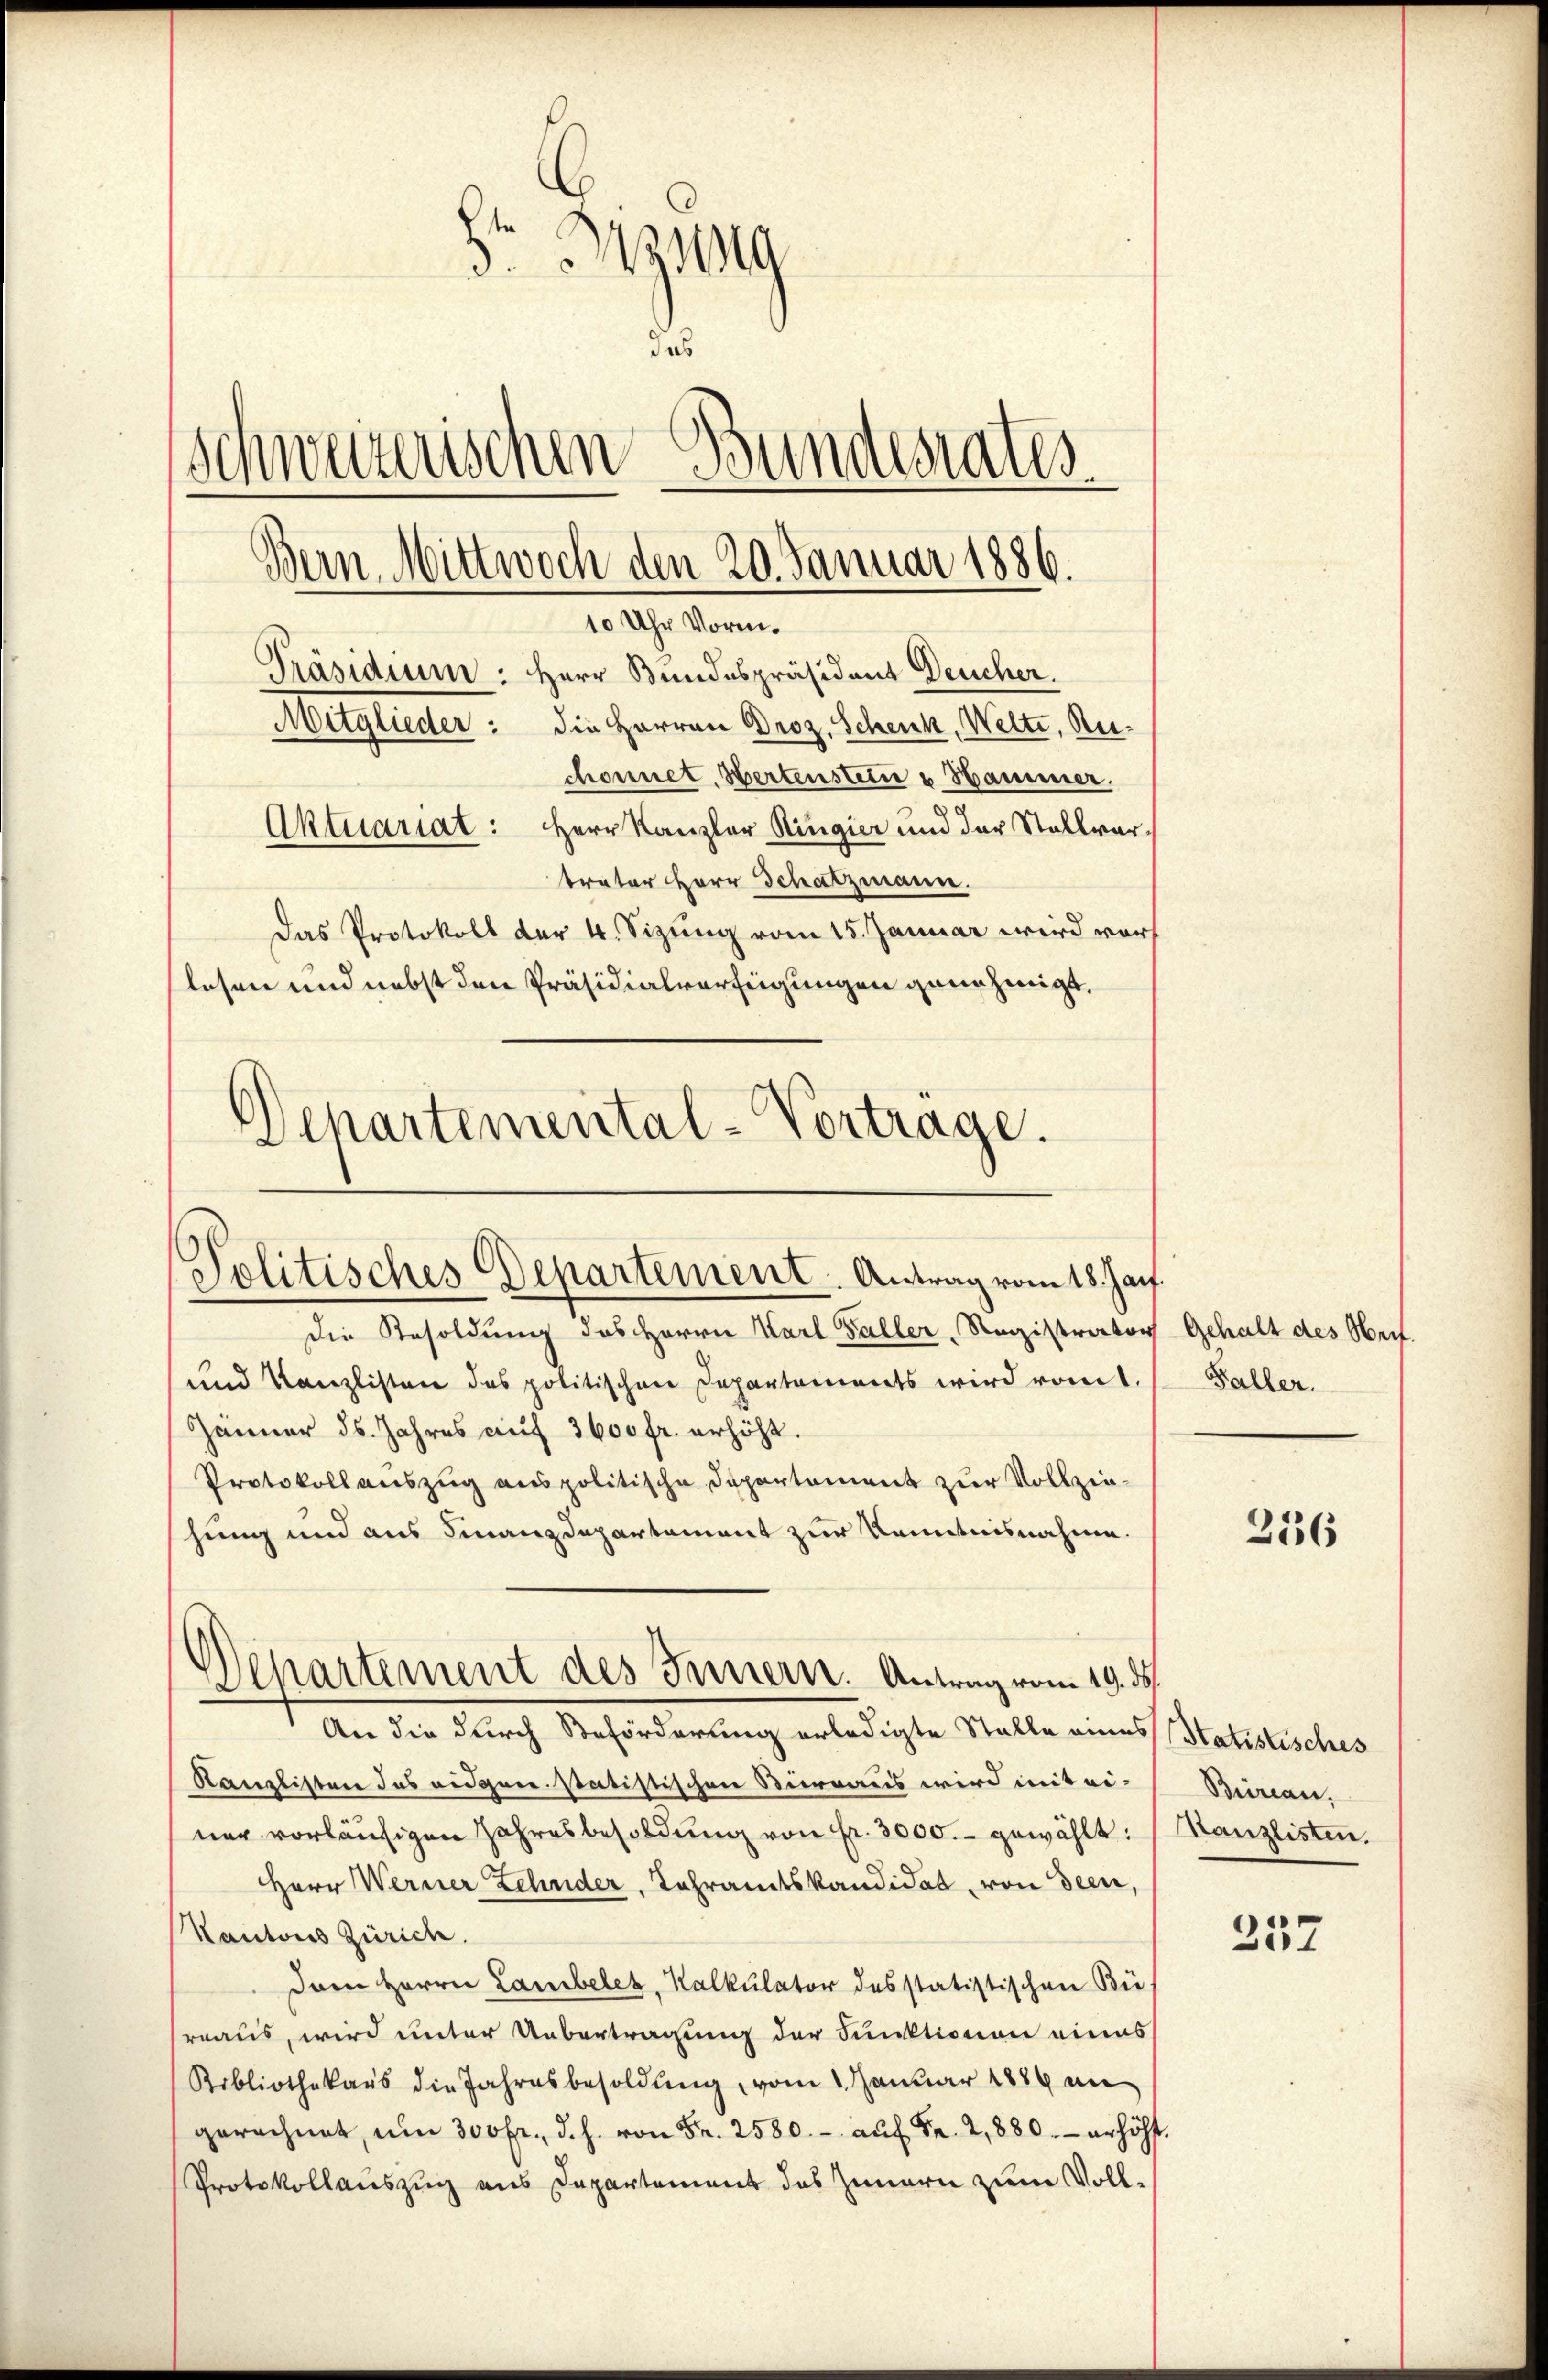
349
das
schweizerischen Bundesrates
Mitglieder: die Herren Droz. Schenk, Welte, Reichonnet. Hertenstein u Hammer.
Aktuariat: Herr Kanzler Ringier und der Stallvertrater Herr Schatzmann.
Das Protokoll der 4. Sizung vom 15. Januar wird vor
lesen und nebst den Präsidialverfügungen genehmigt,
Departemental-Vortrage.

Bern. Mittwoch den 20. Januar 1886.
10 Uhr Vorm.
Präsidium: Herr Bundespräsident Deucher.

Politisches Departement. Antrag vom 18. Jan.

Departement des Innern. Antrag vom 19. ds.

Die Resoldung des Herrn Karl Faller, Registrator
und Kanzlisten des politischen Departements wird vom
Jänner ds. Jahres auf 3600 fr. erhöht.
Protokoll auszug aus politische Departement zur Vollziehung und aus Finanzdepartament zur Kenntnisnahme.
An die durch Beförderung erledigte Stelle eines Statistisches
Kanzlisten des eidgen. statistischen Büreaus wird mit ei-
ner vorläufigen Jahresbesoldung von fr. 3000.- gewählt:
Herr Werner Zehnder, Lehramtskandidat, von deen,
Kantons Zürich.
Dann Herrn Lanibeles, Kalkulator des statistischen Bü
rraus, wird unter Uebertragung der Funktionen eines
Ribliothekars die Jahresbesoldŭng, vom 1. Januar 1889 am
gerechnet, um 300 fr. d. h. von Fr. 2580.- aŭf Fr. 2,880 erhöht.
Protokollauszug aus Departement des Innern zum Voll¬

Gehalt des Her
Faller.

216

Bureau,
Kanzlisten.

237